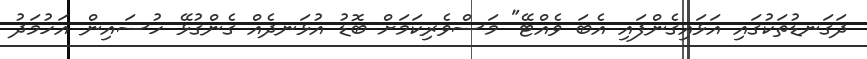
ދަގަނޑުތަކުގައި އަޅައިގެންފައި އެބަ ވެއްޓޭ" މަސްވެރިކަމަށް ބޮޑު އުޅަނދެއް ގެންގުޅޭ ހުސައިން އަހުމަދު